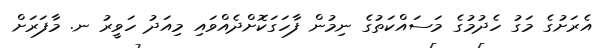
އެރަށުގެ މަގު ހެދުމުގެ މަސައްކަތުގެ ނިމުން ފާހަގަކޮށްދެއްވައި މިއަދު ހަވީރު ނ. މާފަރަށް